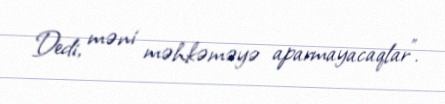
Dedi, məni məhkəməyə aparmayacaqlar”.